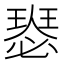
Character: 𤨝